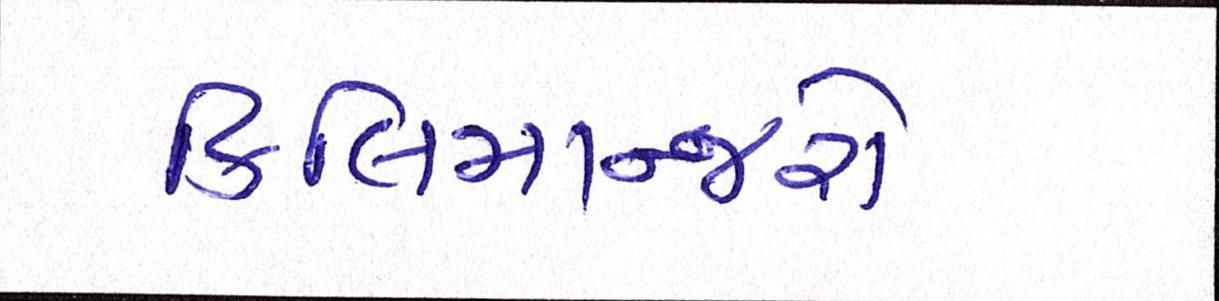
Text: કિલિમાન્જરો